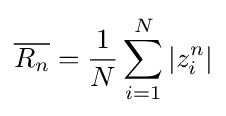
{\overline {R_{n}}}={\frac {1}{N}}\sum _{i=1}^{N}|z_{i}^{n}|